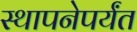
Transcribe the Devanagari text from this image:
स्थापनेपर्यंत